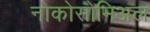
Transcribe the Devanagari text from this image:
नोकोसोमिअल